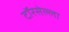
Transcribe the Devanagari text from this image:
टॉरसेल्ला